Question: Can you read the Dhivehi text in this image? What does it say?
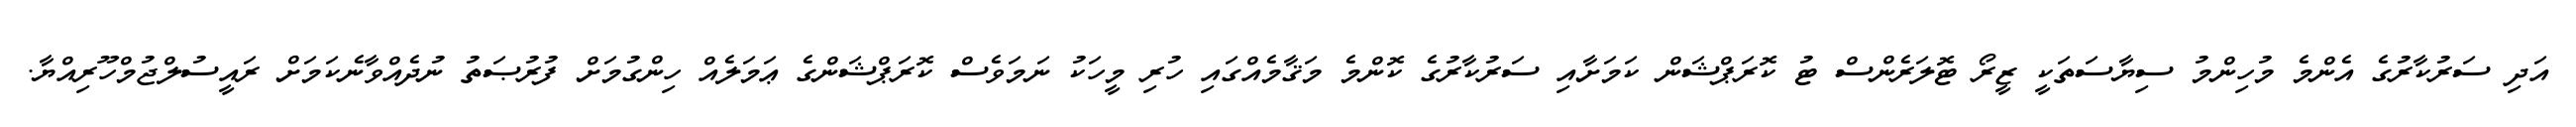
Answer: އަދި ސަރުކާރުގެ އެންމެ މުހިންމު ސިޔާސަތަކީ ޒީރޯ ޓޮލަރެންސް ޓު ކޮރަޕްޝަން ކަމަށާއި ސަރުކާރުގެ ކޮންމެ މަޤާމެއްގައި ހުރި މީހަކު ނަމަވެސް ކޮރަޕްޝަންގެ ޢަމަލެއް ހިންގުމަށް ފުރުޞަތު ނުދެއްވާނެކަމަށް ރައީސުލްޖުމްހޫރިއްޔާ.